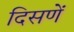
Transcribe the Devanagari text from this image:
दिसणें